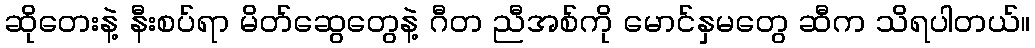
ဆိုတေးနဲ့ နီးစပ်ရာ မိတ်ဆွေတွေနဲ့ ဂီတ ညီအစ်ကို မောင်နှမတွေ ဆီက သိရပါတယ်။